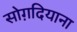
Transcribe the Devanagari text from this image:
सोग़दियाना